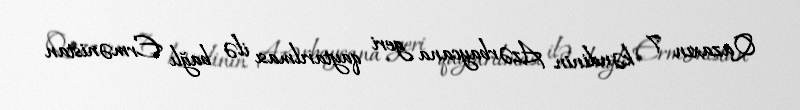
Qazaxın 7 kəndinin Azərbaycana geri qaytarılması ilə bağlı Ermənistan